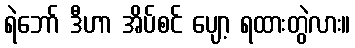
ရဲဘော် ဒီဟာ အိပ်စင် ပျော့ ရထားတွဲလား။